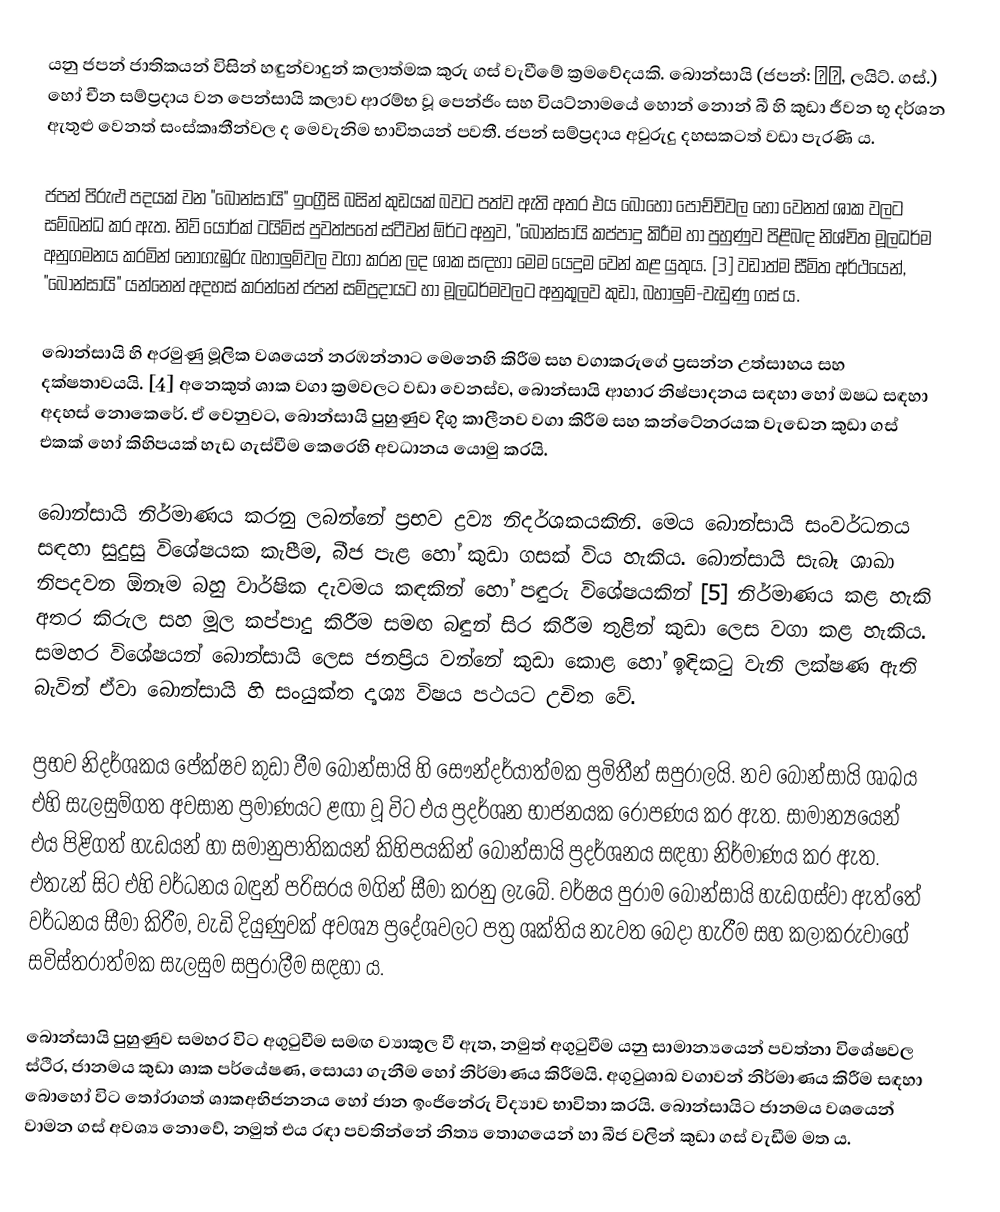
යනු ජපන් ජාතිකයන් විසින් හඳුන්වාදුන් කලාත්මක කුරු ගස් වැවීමේ ක්‍රමවේදයකි. බොන්සායි  (ජපන්: 盆栽, ලයිට්. ගස්.) හෝ චීන සම්ප්‍රදාය වන පෙන්සායි  කලාව ආරම්භ වූ පෙන්ජිං සහ වියට්නාමයේ හොන් නොන් බී හි කුඩා ජීවන භූ දර්ශන ඇතුළු වෙනත් සංස්කෘතීන්වල ද මෙවැනිම භාවිතයන් පවතී. ජපන් සම්ප්‍රදාය අවුරුදු දහසකටත් වඩා පැරණි ය.

ජපන් පිරුළු පදයක් වන "බොන්සායි" ඉංග්‍රීසි බසින් කුඩයක් බවට පත්ව ඇති අතර එය බොහෝ පෝච්චිවල හෝ වෙනත් ශාක වලට සම්බන්ධ කර ඇත. නිව් යෝර්ක් ටයිම්ස් පුවත්පතේ ස්ටීවන් ඕර්ට අනුව, "බොන්සායි කප්පාදු කිරීම හා පුහුණුව පිළිබඳ නිශ්චිත මූලධර්ම අනුගමනය කරමින් නොගැඹුරු බහාලුම්වල වගා කරන ලද ශාක සඳහා මෙම යෙදුම වෙන් කළ යුතුය. [3] වඩාත්ම සීමිත අර්ථයෙන්, "බොන්සායි" යන්නෙන් අදහස් කරන්නේ ජපන් සම්ප්‍රදායට හා මූලධර්මවලට අනුකූලව කුඩා, බහාලුම්-වැඩුණු ගස් ය.

බොන්සායි හි අරමුණු මූලික වශයෙන් නරඹන්නාට මෙනෙහි කිරීම සහ වගාකරුගේ ප්‍රසන්න උත්සාහය සහ දක්ෂතාවයයි. [4] අනෙකුත් ශාක වගා ක්‍රමවලට වඩා වෙනස්ව, බොන්සායි ආහාර නිෂ්පාදනය සඳහා හෝ ‍‍ඔෂධ සඳහා අදහස් නොකෙරේ. ඒ වෙනුවට, බොන්සායි පුහුණුව දිගු කාලීනව වගා කිරීම සහ කන්ටේනරයක වැඩෙන කුඩා ගස් එකක් හෝ කිහිපයක් හැඩ ගැස්වීම කෙරෙහි අවධානය යොමු කරයි.

බොන්සායි නිර්මාණය කරනු ලබන්නේ ප්‍රභව ද්‍රව්‍ය නිදර්ශකයකිනි. මෙය බොන්සායි සංවර්ධනය සඳහා සුදුසු විශේෂයක කැපීම, බීජ පැළ හෝ කුඩා ගසක් විය හැකිය. බොන්සායි සැබෑ ශාඛා නිපදවන ඕනෑම බහු වාර්ෂික දැවමය කඳකින් හෝ පඳුරු විශේෂයකින් [5] නිර්මාණය කළ හැකි අතර කිරුල සහ මූල කප්පාදු කිරීම සමඟ බඳුන් සිර කිරීම තුළින් කුඩා ලෙස වගා කළ හැකිය. සමහර විශේෂයන් බොන්සායි ලෙස ජනප්‍රිය වන්නේ කුඩා කොළ හෝ ඉඳිකටු වැනි ලක්ෂණ ඇති බැවින් ඒවා බොන්සායි හි සංයුක්ත දෘශ්‍ය විෂය පථයට උචිත වේ.

ප්‍රභව නිදර්ශකය පේක්ෂව කුඩා වීම බොන්සායි හි සෞන්දර්යාත්මක ප්‍රමිතීන් සපුරාලයි. නව බොන්සායි ශාඛය එහි සැලසුම්ගත අවසාන ප්‍රමාණයට ළඟා වූ විට එය ප්‍රදර්ශන භාජනයක රෝපණය කර ඇත. සාමාන්‍යයෙන් එය පිළිගත් හැඩයන් හා සමානුපාතිකයන් කිහිපයකින් බොන්සායි ප්‍රදර්ශනය සඳහා නිර්මාණය කර ඇත. එතැන් සිට එහි වර්ධනය බඳුන් පරිසරය මගින් සීමා කරනු ලැබේ. වර්ෂය පුරාම බොන්සායි හැඩගස්වා ඇත්තේ වර්ධනය සීමා කිරීම, වැඩි දියුණුවක් අවශ්‍ය ප්‍රදේශවලට පත්‍ර ශක්තිය නැවත බෙදා හැරීම සහ කලාකරුවාගේ සවිස්තරාත්මක සැලසුම සපුරාලීම සඳහා ය.

බොන්සායි පුහුණුව සමහර විට අගුටුවීම සමඟ ව්‍යාකූල වී ඇත, නමුත් අගුටුවීම යනු සාමාන්‍යයෙන් පවත්නා විශේෂවල ස්ථිර, ජානමය කුඩා ශාක පර්යේෂණ, සොයා ගැනීම හෝ නිර්මාණය කිරීමයි. අගුටුශාඛ වගාවන් නිර්මාණය කිරීම සඳහා  බොහෝ විට තෝරාගත් ශාකඅභිජනනය හෝ ජාන ඉංජිනේරු විද්‍යාව භාවිතා කරයි. බොන්සායිට ජානමය වශයෙන් වාමන ගස් අවශ්‍ය නොවේ, නමුත් එය රඳා පවතින්නේ නිත්‍ය තොගයෙන් හා බීජ වලින් කුඩා ගස් වැඩීම මත ය.